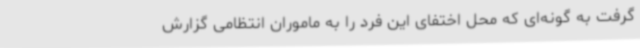
گرفت به گونه‌ای که محل اختفای این فرد را به ماموران انتظامی گزارش